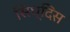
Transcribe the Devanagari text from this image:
सिध्दिस